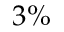
3 \%